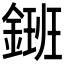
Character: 𨫄